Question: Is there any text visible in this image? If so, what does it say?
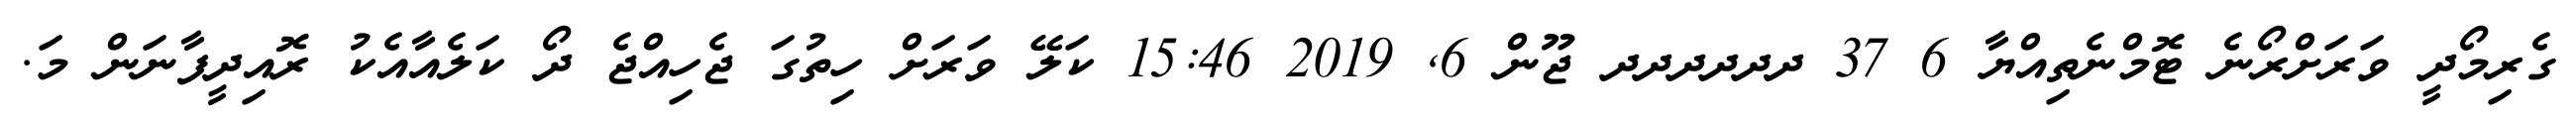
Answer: ގެރިމޯދީ ވަރަށްރޯނެ ޓޮމްނެތިއްޔާ 6 37 ދދދދދދ ޖޫން 6, 2019 15:46 ކަލޭ ވަރަށް ހިތުގަ ޖެހިއްޖެ ދޯ ކަލެއާއެކު ރޮއިދީފާނަން މަ.